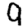
Digit: 9